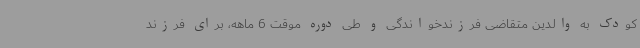
کودک به والدین متقاضی فرزندخواندگی و طی دوره موقت 6 ماهه، برای فرزند